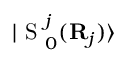
| \mathrm { ~ S ~ } _ { 0 } ^ { j } ( { \bf { R } } _ { j } ) \rangle